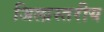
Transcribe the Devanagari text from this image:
जिलास्तरीय